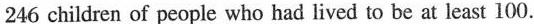
246 children of people who had lived to be at least 100.